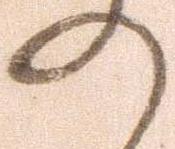
の